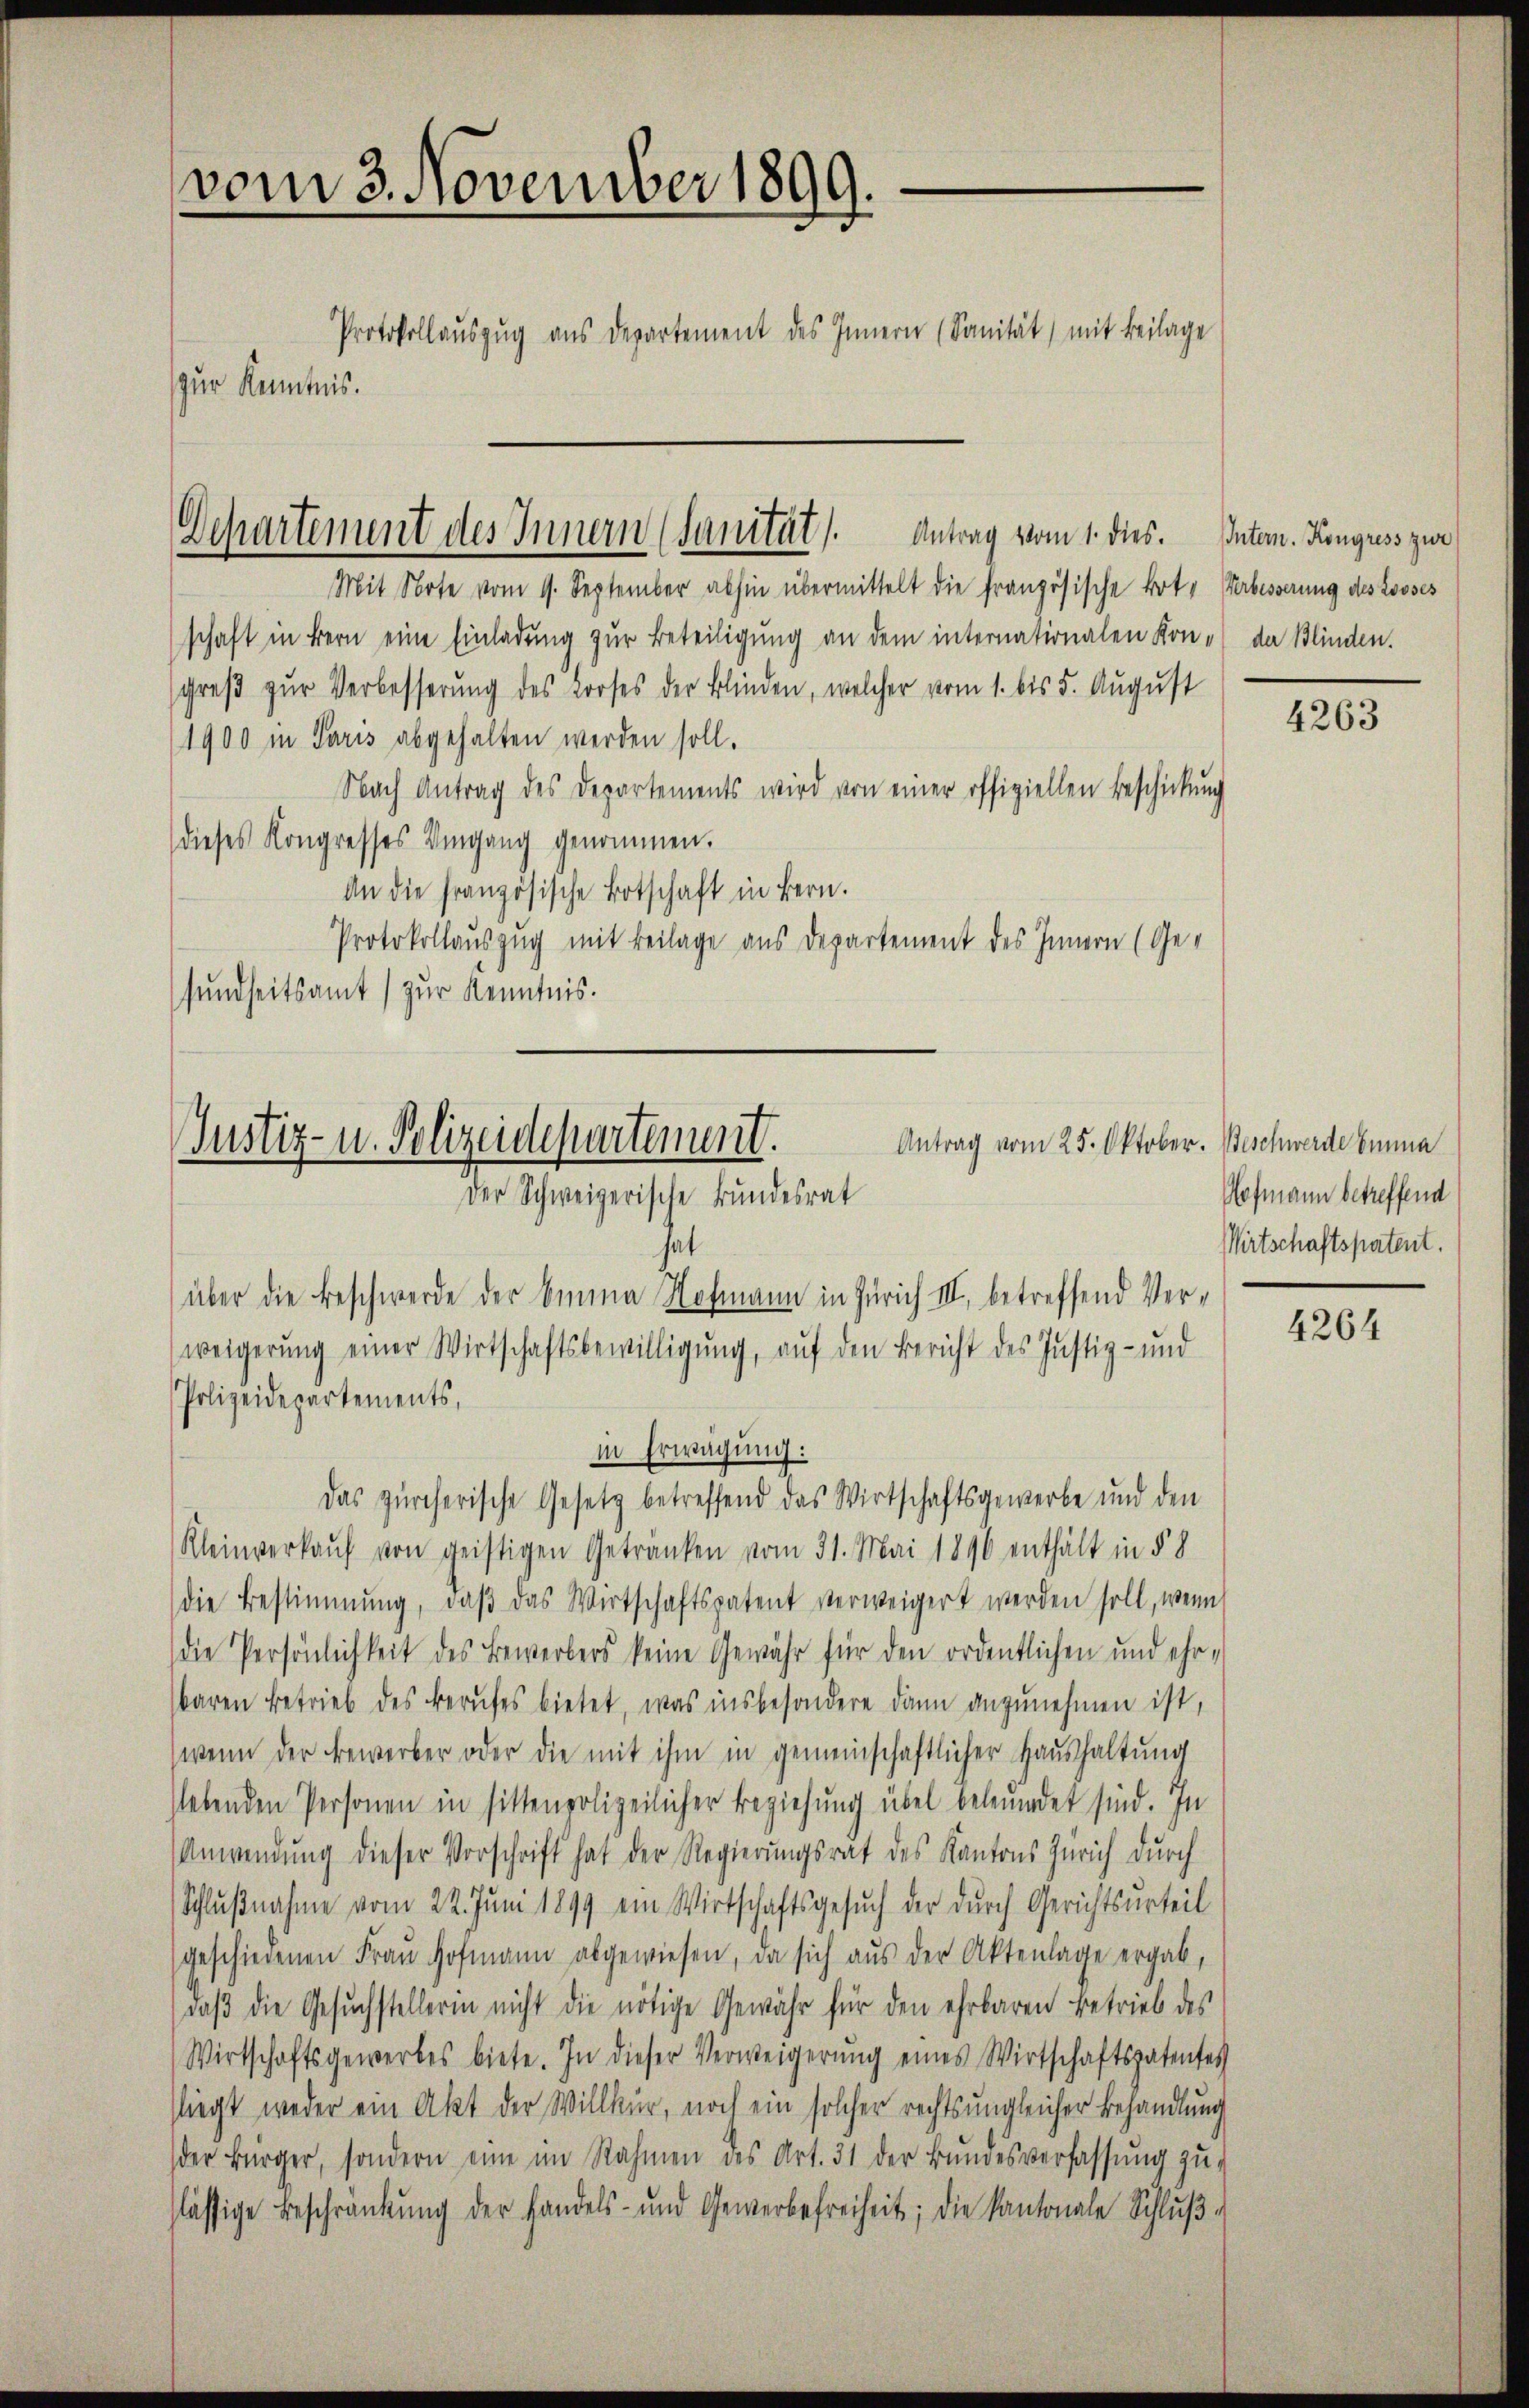
vom 3. November 1899.
Protokollaŭszŭg ans Departement des Innern (Sanität, mit Beilage
zur Kenntnis.

Departement des Innern (Sanität. Antrag vom 1. dies. Inter. Kongress zwe

Mit Note vom 1. September abhin übermittelt die französische bot. Verbesserung des Looses
schaft in Bern eine Einladung zur Beteiligung an dem internationalen Kone der Blinden.
schres zur Verbesserung des Looses der Blinden, welcher vom 1. bis 5. August
1900 in Paris abgehalten werden soll.
Nach Antrag des Departements wird von einer offiziellen Beschickung
dieses Kongresses Umgang genommen.
An die französische Botschaft in Bern.
Protokollauszug mit Beilage aus Departement des Innern (Gesundheitsamt zur Kenntnis.

Justiz- u. Polizeidepartement.
Antrag vom 25. Oktober. Beschwerde Einna
Der Schweizerische Bundesrat
hat

über die Beschwerde der Oma Hofmann in Zürich III. betreffend Verweigerŭng einer Wirtschaftsbewilligŭng, aŭf den Bericht des Justiz- und
Polizeidepartements,
in Erwägung:
Das zürcherische Gesetz betreffend das Wirtschaftsgewerbe und den
Kleinverkauf von geistigen Getränken vom 31. Mai 1890 enthält in § 8
die Bestimmung, daβ das Wertschaftspatent verweigert werden soll, wenn
die Persönlichkeit des Bewerbers keine Gewähr für den ordentlichen und ehr-
baren Betrieb des Berufes bietet, was insbesondere dann anzunehmen ist,
wenn der Bewerber oder die mit ihm in gemeinschaftlicher Haushaltung
slebenden Personen in sittenpolizeilicher Beziehung übel beleumdet sind. In
Anwendung dieser Vorschrift hat der Regierungsrat des Kantons Zürich durch
Schlußnahme vom 22. Juni 1899 ein Wirtschaftsgesŭch der durch Gerichtsurteil
geschiedenen Frau Hofmann abgewiesen, da sich aus der Aktenlage ergab,
daβ die Gesŭchstellerin nicht die nötige Gewähr für den ehrbaren Betrieb des
Wirtschaftsgewerbes biete. In dieser Verweigerŭng eines Wirtschaftspatentes
fliegt weder ein Akt der Willkür, noch ein solcher rechts ungleicher Behandlung
der Bürger, sondern eine im Rahmen des Art. 31 der Bŭndesverfassŭng zŭ-
lässige Beschränkung der Handels- und Gewerbefreiheit; die Kantonale Schlŭβ-

4263

Hofmann betreffend
Wirtschaftspatent.

4264